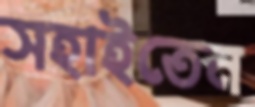
সহাইতেন